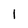
Character: 1